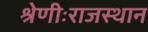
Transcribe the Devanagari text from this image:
श्रेणीःराजस्थान